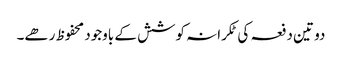
دو تین دفعہ کی ٹکرانہ کوشش کے باوجود محفوظ رھے۔